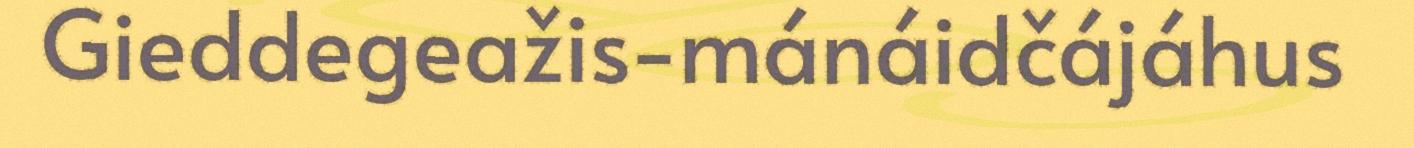
Gieddegeažis-mánáidčájáhus